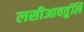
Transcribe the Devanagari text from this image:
लसीआवर्तुलि